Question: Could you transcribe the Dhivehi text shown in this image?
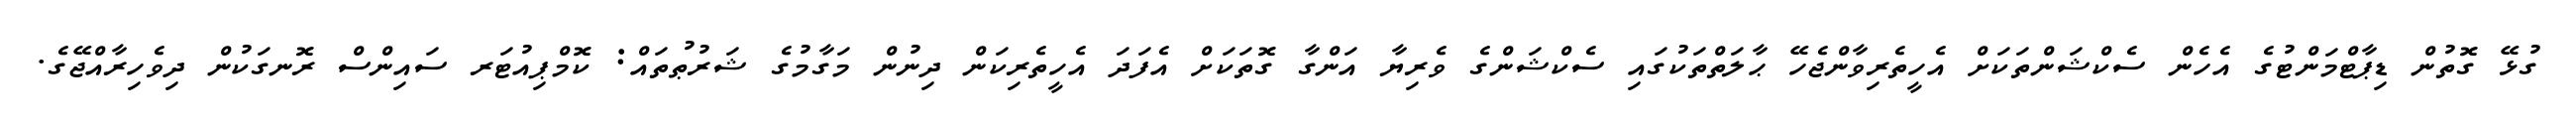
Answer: ގުޅޭ ގޮތުން ޑިޕާޓްމަންޓުގެ އެހެން ސެކްޝަންތަކަށް އެހީތެރިވާންޖެހޭ ޙާލަތްތަކުގައި ސެކްޝަންގެ ވެރިޔާ އަންގާ ގޮތަކަށް އެފަދަ އެހީތެރިކަން ދިނުން މަގާމުގެ ޝަރުޠުތައް: ކޮމްޕިއުޓަރ ސައިންސް ރޮނގަކުން ދިވެހިރާއްޖޭގެ.